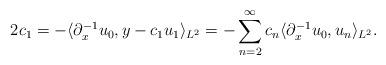
LaTeX: \begin{align*}2 c_1 = -\langle \partial_x^{-1} u_0, y - c_1 u_1 \rangle_{L^2} = -\sum_{n = 2}^{\infty} c_n \langle \partial_x^{-1} u_0, u_n \rangle_{L^2}.\end{align*}